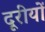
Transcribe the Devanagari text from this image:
दूरीयों